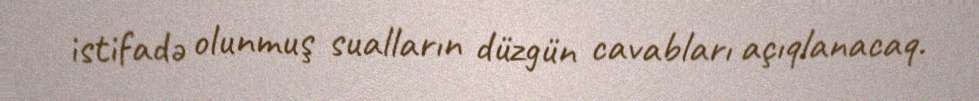
istifadə olunmuş sualların düzgün cavabları açıqlanacaq.